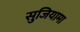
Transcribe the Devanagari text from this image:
सुजियामा